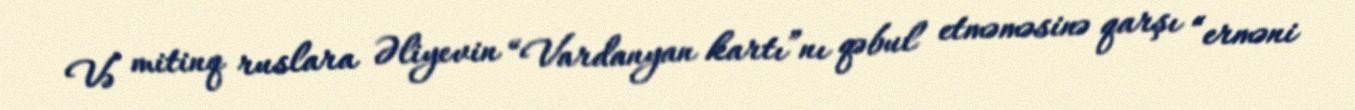
Və mitinq ruslara Əliyevin “Vardanyan kartı”nı qəbul etməməsinə qarşı “erməni